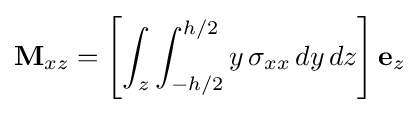
\mathbf {M} _{xz}=\left[\int _{z}\int _{-h/2}^{h/2}y\,\sigma _{xx}\,dy\,dz\right]\mathbf {e} _{z}